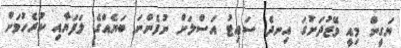
ޔަގީން މިއީ މޭޒުދަށުގަ އިނދެ ސައިޓު އަސްލަށް ނުފެންނަ ބަޔެއްގެ ލަފަޔާއި ކުރެހުމަށް